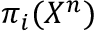
\pi _ { i } ( X ^ { n } )